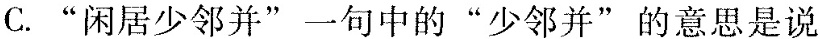
C."闲居少邻并"一句中的“少邻并”的意思是说